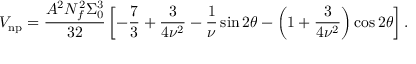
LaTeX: V _ { \mathrm { n p } } = \frac { A ^ { 2 } N _ { f } ^ { 2 } \Sigma _ { 0 } ^ { 3 } } { 3 2 } \left[ - { \frac { 7 } { 3 } } + \frac { 3 } { 4 \nu ^ { 2 } } - { \frac { 1 } { \nu } } \sin { 2 \theta } - \left( 1 + \frac { 3 } { 4 \nu ^ { 2 } } \right) \cos { 2 \theta } \right] .